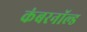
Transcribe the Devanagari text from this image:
कंबरनॉल्ड